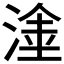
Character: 𱧕